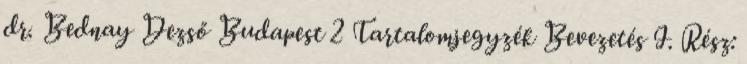
dr. Bednay Dezső Budapest 2 Tartalomjegyzék Bevezetés I. Rész: